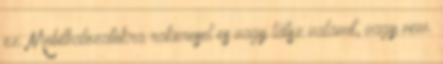
ez. Mobilhalozatokra rakeresel es vagy látsz valamit, vagy nem.